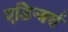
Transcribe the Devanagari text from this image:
एडिन्बर्घ